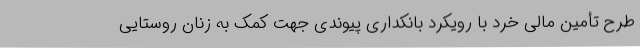
طرح تأمین مالی خرد با رویکرد بانکداری پیوندی جهت کمک به زنان روستایی